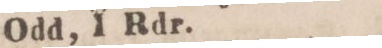
Odd, 1 Rdr.